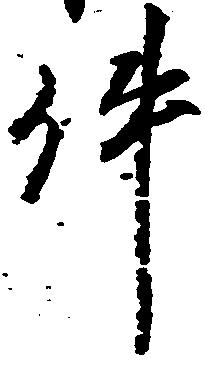
件